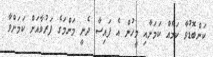
ކަންބޮޑުވާ ކަމެއް ކަމަށާއި މީހުން އެ ފައިސާ ދެނީ މަންމަގެ ފަރުވާއަށް ކަމަށްވާ